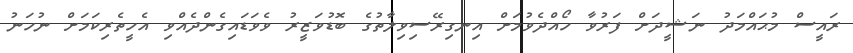
ރައީސް މުޙައްމަދު ނަޝީދަށް ފަރުވާ ހޯއްދެވުމަށް އިނގިރޭސިވިލާތުގެ ބޮޑުވަޒީރު ވެވަޑައިގެންދެއްވި އެހީތެރިކަމަށް ނުހަނު